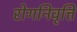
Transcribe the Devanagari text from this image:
रोगनिवृत्ति